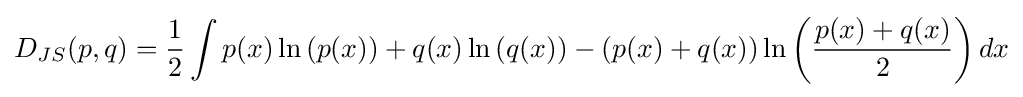
D_{JS}(p,q)={\frac {1}{2}}\int p(x)\ln \left(p(x)\right)+q(x)\ln \left(q(x)\right)-(p(x)+q(x))\ln \left({\frac {p(x)+q(x)}{2}}\right)dx